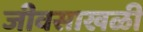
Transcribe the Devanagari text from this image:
जीवसाखळी